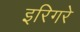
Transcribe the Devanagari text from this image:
इरिगरे